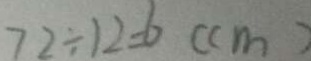
7 2 \div 1 2 = 6 ( c m )